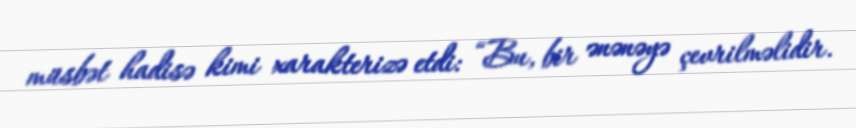
müsbət hadisə kimi xarakterizə etdi: “Bu, bir ənənəyə çevrilməlidir.